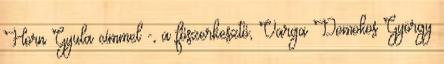
Horn Gyula címmel -, a főszerkesztő, Varga Domokos György